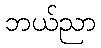
ဘယ်ညာ